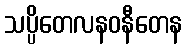
သပ္ပိတေလနဝနီတေန